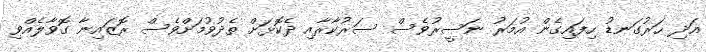
އަދި ހަރުގަނޑު ހިފައިގެން އުމަރު ނަސީރުވެސް ސަރުކާރާއި ދެކޮޅަށް ތެދުވުމަށްވެސް ރޮޒައިނާ ގޮވާލެއްވި